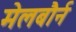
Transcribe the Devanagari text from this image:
मेलबौर्न